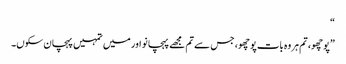
“
”پوچھو، تم ہر وہ بات پوچھو، جس سے تم مجھے پہچانو اور میں تمہیں پہچان سکوں۔